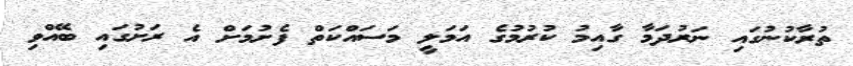
ތުރާކުނުގައި ނަރުދަމާ ގާއިމު ކުރުމުގެ އަމަލީ މަސައްކަތް ފެށުމަށް އެ ރަށުގައި ބޭއްވި